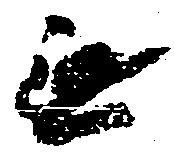
無